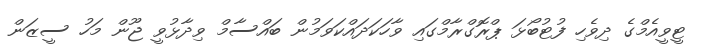
ޓީވީއެމްގެ ދިވެހި ފުޓުބޯޅަ ޕްރޮގްރާމްގައި ވާހަކަދައްކަވަމުން ބައްސާމް ވިދާޅުވީ ޖޫން މަހު ސީޒަން